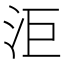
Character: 洰